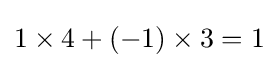
1\times 4+(-1)\times 3=1